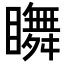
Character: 𥌇